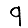
Digit: 9